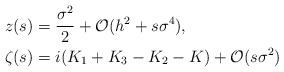
LaTeX: \begin{align*}z(s)&=\frac{\sigma^2}{2}+\mathcal{O}(h^2+s\sigma^4),\\\zeta(s)&=i(K_1+K_3-K_2-K)+\mathcal{O}(s\sigma^2)\end{align*}